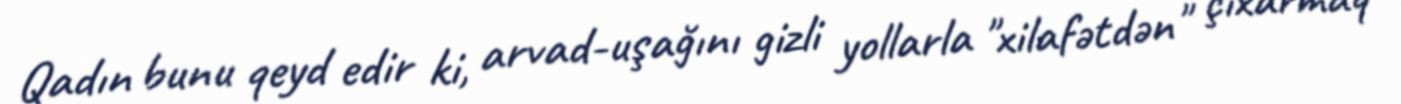
Qadın bunu qeyd edir ki, arvad-uşağını gizli yollarla "xilafətdən" çıxarmaq